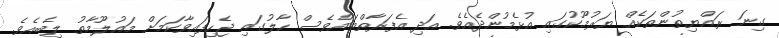
ގިނަ ރައްޔިތުންތަކެއް ޔަރުމޫކުގައި އުޅެމުންދެއެވެ. އަދި އެފަރާތްތައްވެސް ހާލުގައި ޖެހިފައިވާކަމަށް މައުލޫމާތު ލިބެއެވެ.